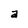
Character: a